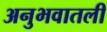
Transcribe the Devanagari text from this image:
अनुभवातली